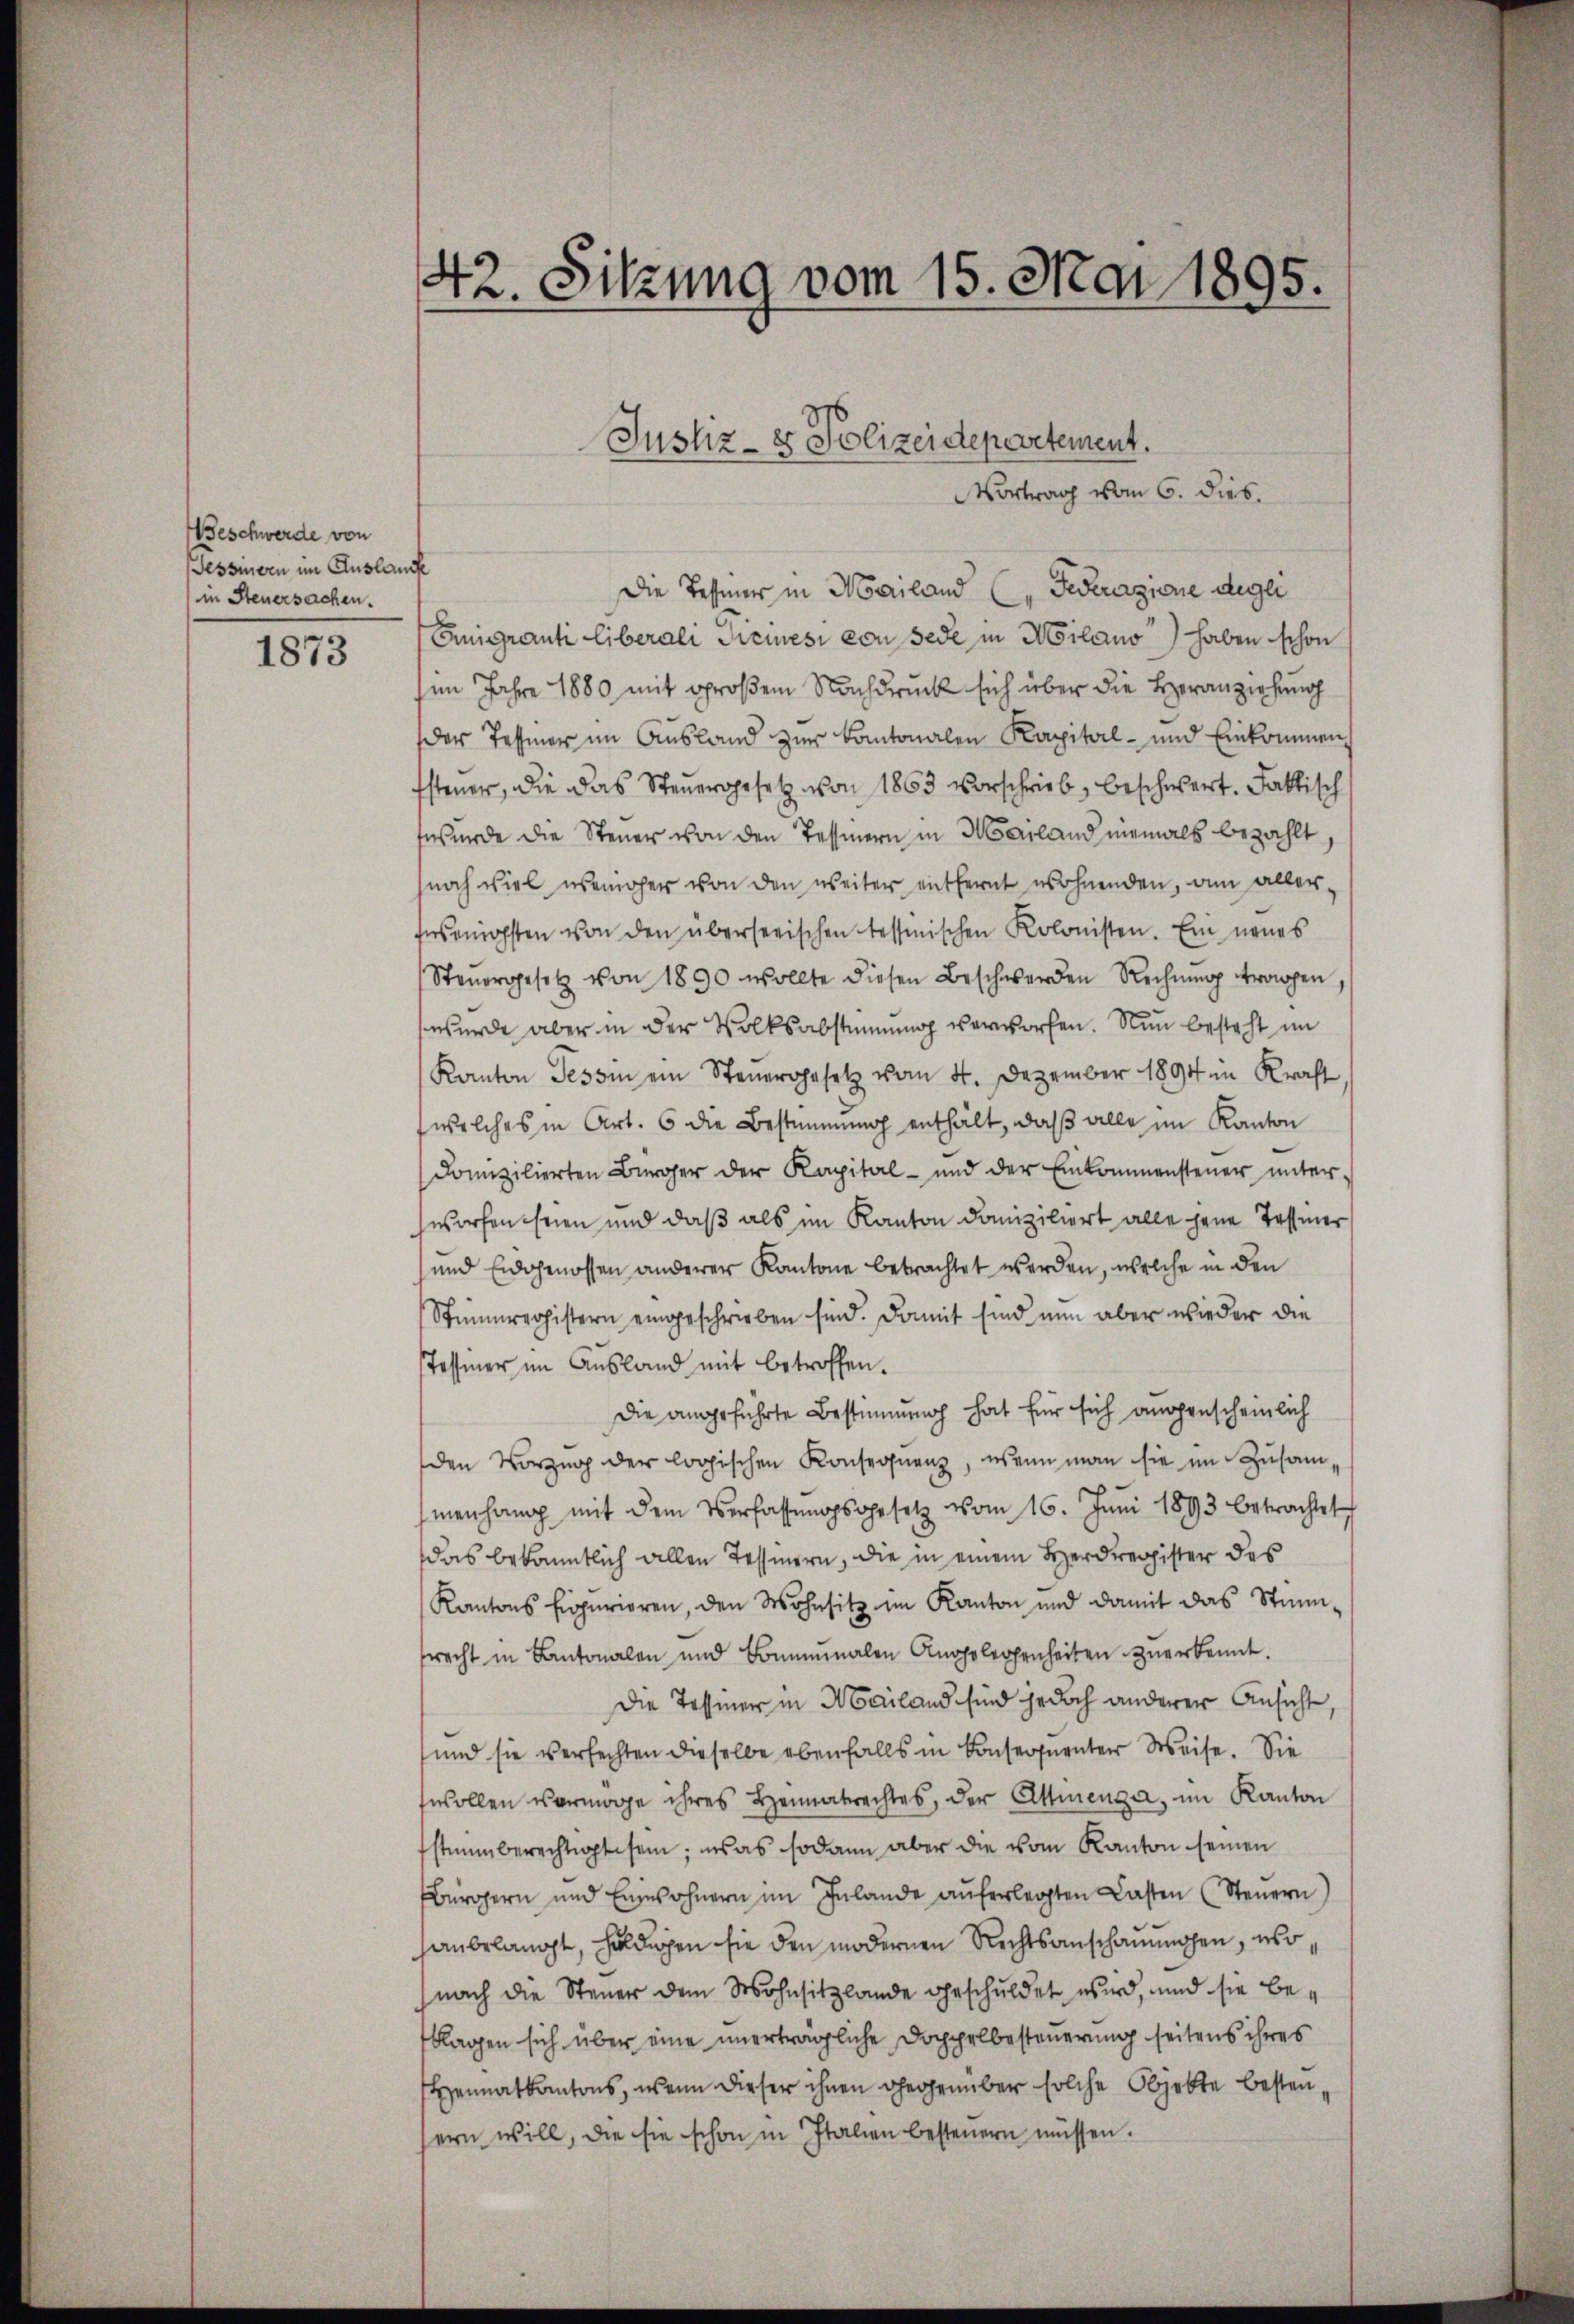
Beschwerde von
Tessinern im Auslauch
in Steuersachen.

1873

42. Sitzung vom 15. Mai 1895.

Vortrag vom 6. dies.
Die Tessiner in Mailand (" Federazione degli
Emigranti liberali Ticinesi von jede in Milano) haben schon
(im Jahre 1880 mit großem Nachdruck sich über die Heranziehung
der Tessier im Ausland zur Kantonalen Kapital- und Einkommen
fsteuer, die das Steuergesetz von 1863 vorschrieb, beschwert. Faktisch
wurde die Steuer von den Tessinern in Mailand niemals bezahlt
noch viel weniger von den weiter entfernt wohnenden, am aller-
fnsenichsten von den überserischen tessinischen Kolonisten. Ein neues
Steŭergesetz von 1890 wollte diesen Beschwerden Rechnŭng tropen
wurde aber in der Volksabstimmung verworfen. Nun besteht im
Kanton Tessin ein Steuergesetz vom 4. Dezember 1894 in Kraft
welches in Art. 6 die Bestimmung enthält, daß alle im Kanton
domizilierten Bürger der Kapital- und der Einkommensteŭer ŭnter-
worfen seien und daß als im Kanton domiziliert alle jene Tessiner
und Eidgenossen anderer Kantone betrachtet werden, welche in den
Stimmrechistern eingeschrieben sind. Damit sind nun aber wieder die
Tessiner im Ausland mit betroffen.
Die angeführte Bestimmung hat für sich augenscheinlich
den Vorzug der logischen Konsequenz, wenn man sie im Zusammenhang mit dem Verfassŭngsgesetz vom 16. Juni 1893 betrachtet
das bekanntlich allen Tessinern, die in einem Herdregister des
Kantons Figurieren, den Wohnsitz im Kanton und damit das Stimsrecht in Kantonalen und Bonnŭmalen Angelegenheiten zuerkannt.
Die Tessiner in Mailand sind jedoch anderer Ansicht,
und sie verfechten dieselbe ebenfalls in Consequenter Weise. Sie
swollen vermöge ihres Heimatrechtes, der Ettienga, im Kanton
stimmberechtigt sei; was sodann aber die vom Kanton seinen
Bürgern und Einwohnern im Inlande aŭferlegten Lasten (Steuern)
hanbelangt, huldigen sie den modernen Rechtsanschauungen, esonach die Steuer dem Wohnsitzlande geschuldet wird, und sie beklagen sich über eine unerträgliche Doppelbesteuerung seitens ihres
Heimatkantons, wenn dieser ihnen gegenüber solche Objekte besteusern will, die sie schon in Italien besteuern müssen.

Justiz- & Polizeidepartement.